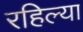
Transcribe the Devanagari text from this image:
रहिल्या